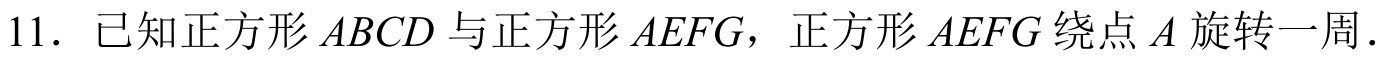
11. 已知正方形\(ABCD\)与正方形\(AEFG\)，正方形\(AEFG\)绕点\(A\)旋转一周.